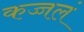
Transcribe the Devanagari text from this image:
कज्जलं